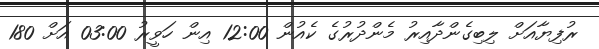
ރުފިޔާއަށް ލިބިގެންދާއިރު މެންދުރުގެ ކެއުން 12:00 އިން ހަވީރު 03:00 އަށް 180